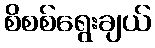
စိစစ်ရွေးချယ်